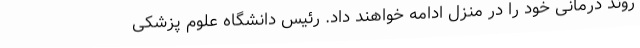
روند درمانی خود را در منزل ادامه خواهند داد. رئیس دانشگاه علوم پزشکی